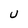
Character: u